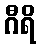
ဂီရိ